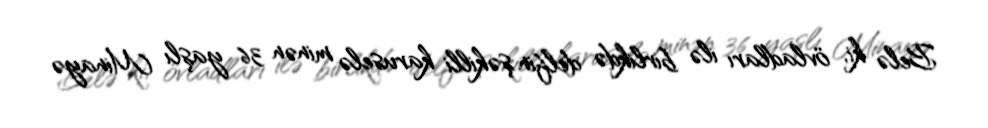
Belə ki, övladları ilə birlikdə delfin şəkilli karuselə minən 36 yaşlı Minayə